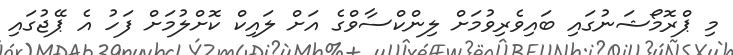
މި ޕްރޮމޯޝަނުގައި ބައިވެރިވުމަށް ލިންކްސާވްގެ އަށް ލައިކް ކޮށްލުމަށް ފަހު އެ ޕޭޖުގައި